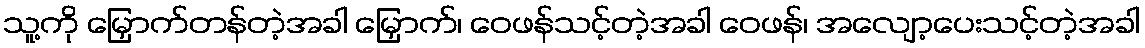
သူ့ကို မြှောက်တန်တဲ့အခါ မြှောက်၊ ဝေဖန်သင့်တဲ့အခါ ဝေဖန်၊ အလျော့ပေးသင့်တဲ့အခါ